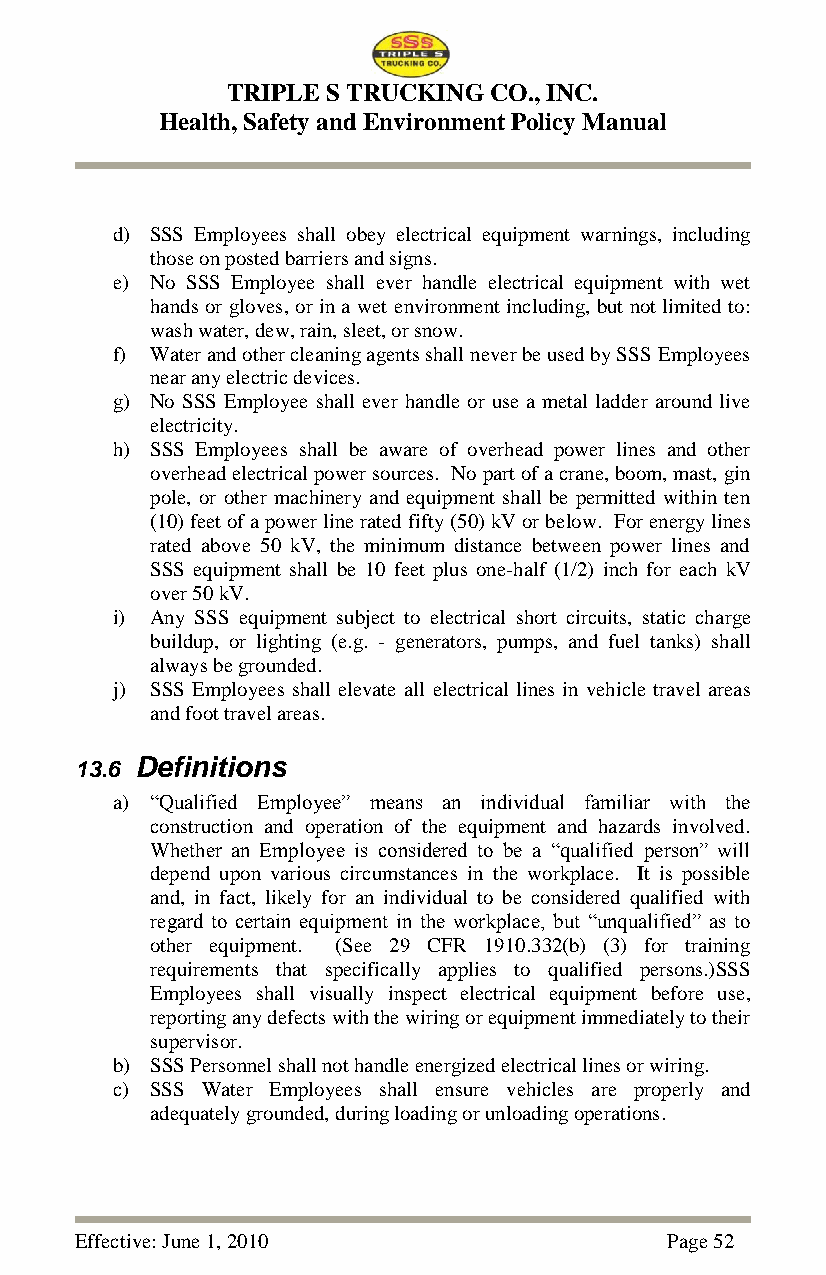
TRIPLE S TRUCKING CO., INC.
 Health, Safety and Environment Policy Manual
 d) SSS Employees shall obey electrical equipment warnings, including
 those on posted barriers and signs.
 e) No SSS Employee shall ever handle electrical equipment with wet
 hands or gloves, or in a wet environment including, but not limited to:
 wash water, dew, rain, sleet, or snow.
 f) Water and other cleaning agents shall never be used by SSS Employees
 near any electric devices.
 g) No SSS Employee shall ever handle or use a metal ladder around live
 electricity.
 h) SSS Employees shall be aware of overhead power lines and other
 overhead electrical power sources. No part of a crane, boom, mast, gin
 pole, or other machinery and equipment shall be permitted within ten
 (10) feet of a power line rated fifty (50) kV or below. For energy lines
 rated above 50 kV, the minimum distance between power lines and
 SSS equipment shall be 10 feet plus one-half (1/2) inch for each kV
 over 50 kV.
 i) Any SSS equipment subject to electrical short circuits, static charge
 buildup, or lighting (e.g. - generators, pumps, and fuel tanks) shall
 always be grounded.
 j) SSS Employees shall elevate all electrical lines in vehicle travel areas
 and foot travel areas.
 13.6 Definitions
 a) ―Qualified Employee‖ means an individual familiar with the
 construction and operation of the equipment and hazards involved.
 Whether an Employee is considered to be a ―qualified person‖ will
 depend upon various circumstances in the workplace. It is possible
 and, in fact, likely for an individual to be considered qualified with
 regard to certain equipment in the workplace, but ―unqualified‖ as to
 other equipment. (See 29 CFR 1910.332(b) (3) for training
 requirements that specifically applies to qualified persons.)SSS
 Employees shall visually inspect electrical equipment before use,
 reporting any defects with the wiring or equipment immediately to their
 supervisor.
 b) SSS Personnel shall not handle energized electrical lines or wiring.
 c) SSS Water Employees shall ensure vehicles are properly and
 adequately grounded, during loading or unloading operations.
 Effective: June 1, 2010                Page 52